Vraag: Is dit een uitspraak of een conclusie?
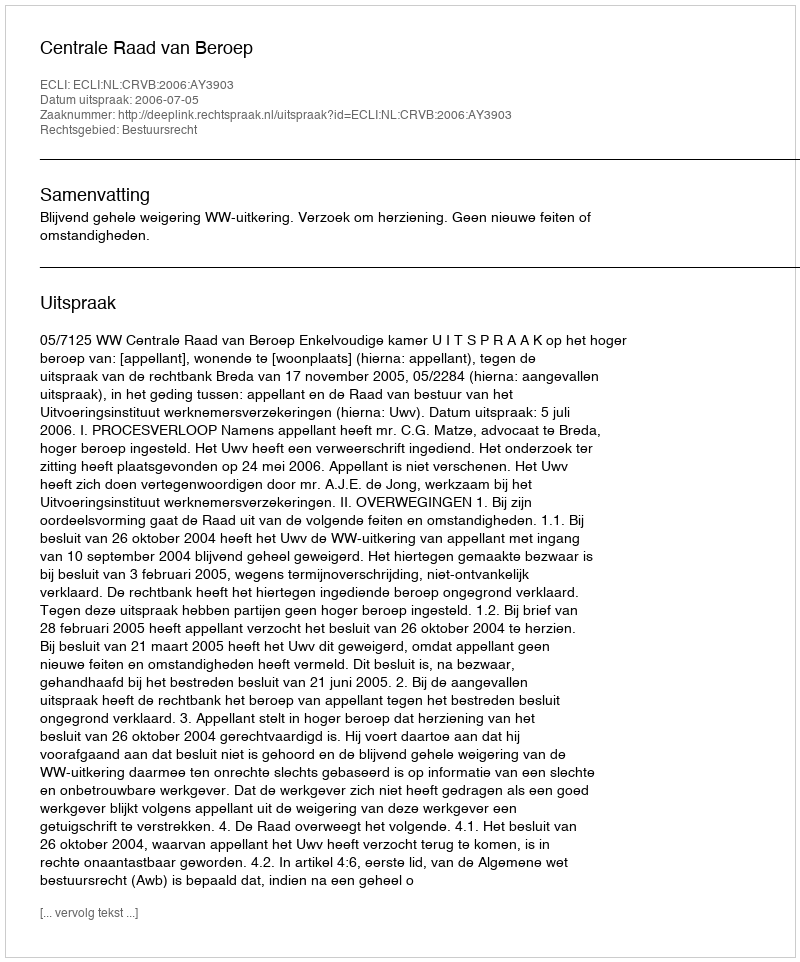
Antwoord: Uitspraak